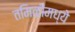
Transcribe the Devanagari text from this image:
तमिळींमध्ये